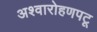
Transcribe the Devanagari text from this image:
अश्वारोहणपटू